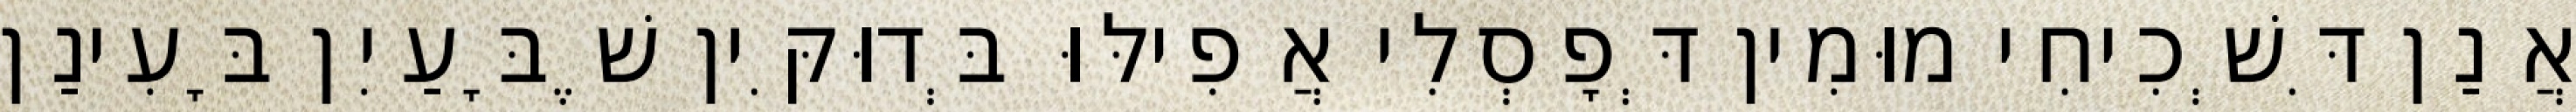
אֲנַן דִּשְׁכִיחִי מוּמִין דְּפָסְלִי אֲפִילּוּ בְּדוּקִּין שֶׁבָּעַיִן בָּעִינַן